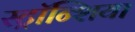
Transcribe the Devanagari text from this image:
स्ट्रॉन्शिया